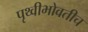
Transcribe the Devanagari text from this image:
पृथ्वीभोवतीच